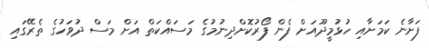
ފަށާނެ ކަމަށާއި ހުޅުމީދޫއަށް ފެން ފޯރުކޮށްދިނުމުގެ މަސައްކަތް އަށް މަސް ދުވަހުގެ ތެރޭގައި